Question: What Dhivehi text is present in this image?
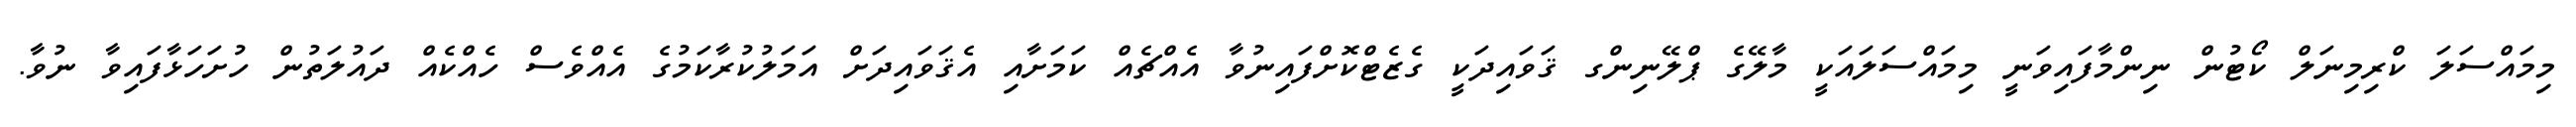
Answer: މިމައްސަލަ ކްރިމިނަލް ކޯޓުން ނިންމާފައިވަނީ މިމައްސަލައަކީ މާލޭގެ ޕްލޭނިންގ ޤަވައިދަކީ ގެޒެޓްކޮށްފައިނުވާ އެއްޗެއް ކަމަށާއި އެޤަވައިދަށް އަމަލުކުރާކަމުގެ އެއްވެސް ހެއްކެއް ދައުލަތުން ހުށަހަޅާފައިވާ ނުވާ.